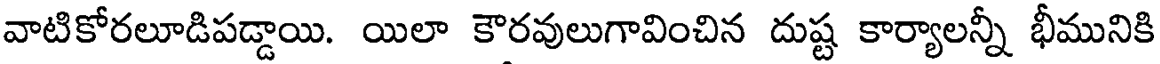
వాటికోరలూడిపడ్డాయి. యిలా కౌరవులుగావించిన దుష్ట కార్యాలన్నీ భీమునికి